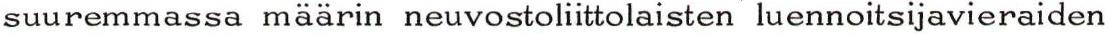
suuremmassa määrin neuvostoliittolaisten luennoitsijavieraiden